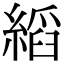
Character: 縚